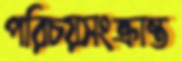
পরিচয়সংক্রান্ত